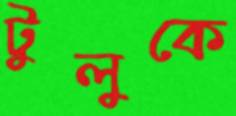
টুলুকে